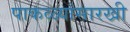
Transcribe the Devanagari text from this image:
पाकळ्यांसारखी